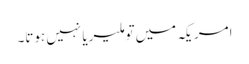
امریکہ میں‌تو ملیریا نہیں ہوتا۔